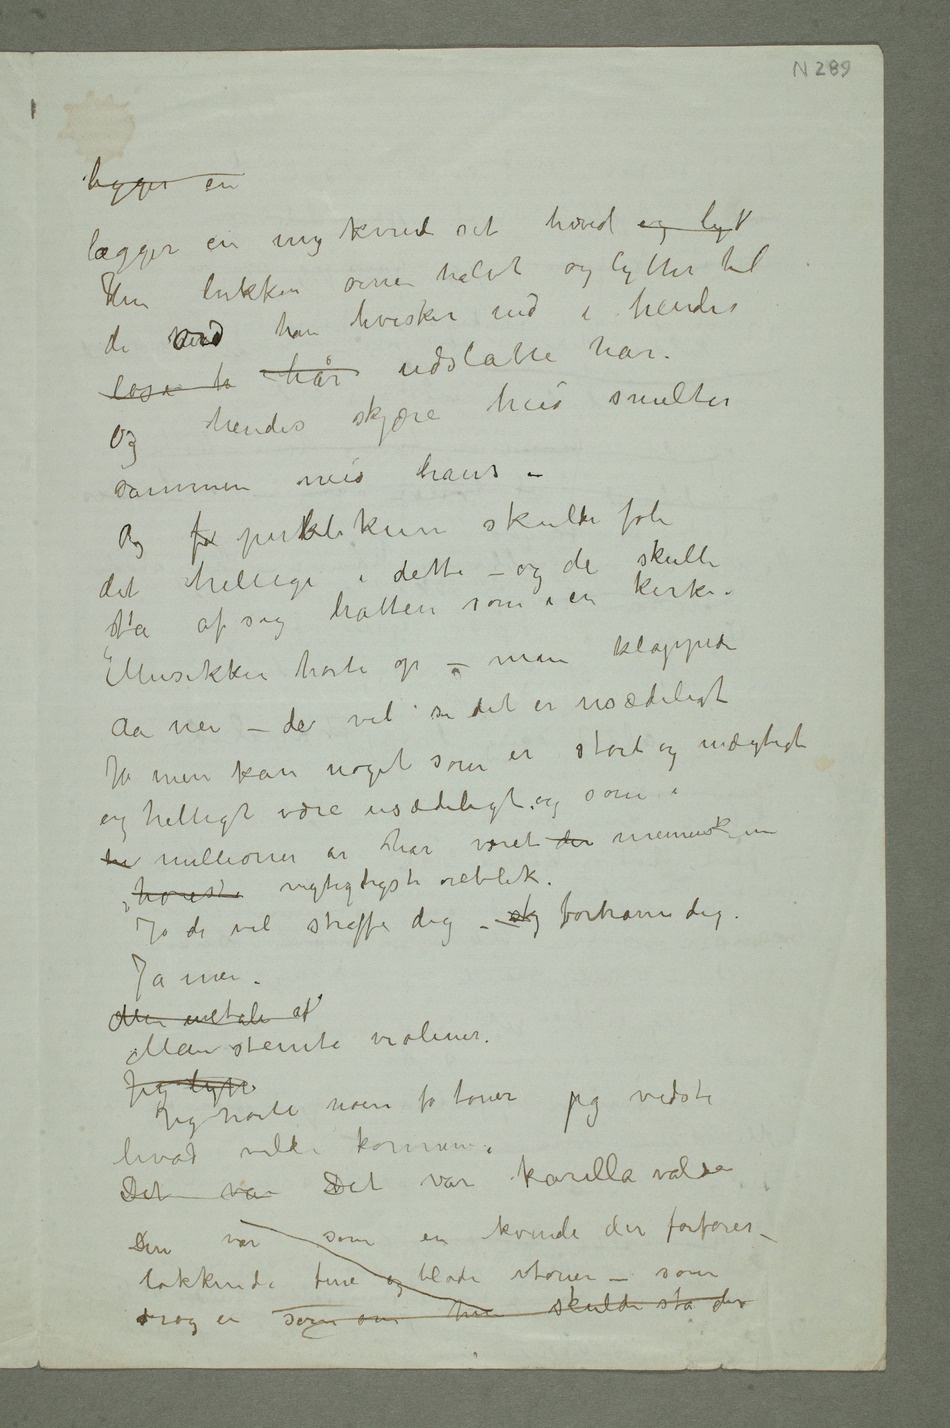
ligger en
lægger en ung
kvinde sit hoved og lytt
Hun lukker øinene halvt og lytter til
de ord han hvisker ind i hendes
løse h hår udslåtte hår. Og
hendes skjøre hud smelter
sammen med hans
– Og fo publikum skulde føle
det hellige i dette – og de skulde
ta af sig hatten som i en kirke.
Musikken hørte op – man klappede
Aa nei – de vil si det er usædeligt
Ja men kan noe som er stort og mægtigt
og helligt være usædeligt og som i
høieste viktigtigste øieblik.
Jo de vil straffe dig – skj forhåne dig.
Ja men.
Min enetale af
Jeg hørte noen få toner jeg vidste
Det var Det var karilla valsen
Det var som en kvinde der forfører –
lokkende fine og bløde toner – som
drog en som om hun skulde stå der